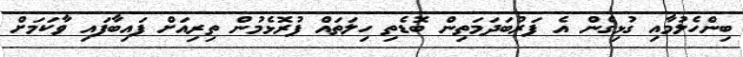
ބިންހެލުމާއި ގުޅިގެން އެ ފަރުބަދަމަތިން ބޮޑެތި ހިލަތައް ފުރޮޅެމުން ތިރިއަށް ފައިބާފައި ވާކަމަށް